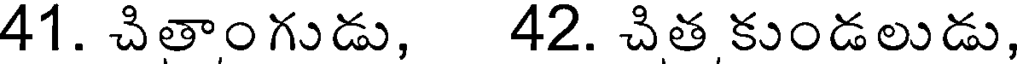
41. చితాంగుడు, 42. చిత కుండలుడు,